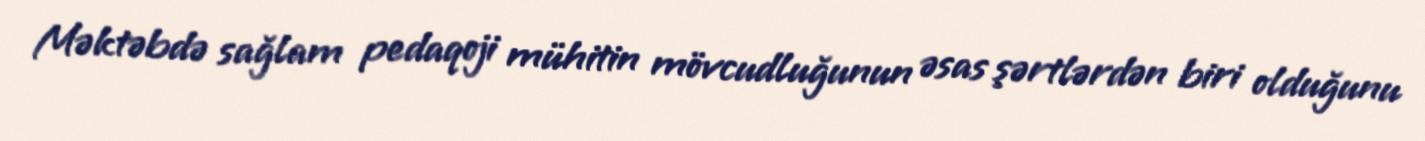
Məktəbdə sağlam pedaqoji mühitin mövcudluğunun əsas şərtlərdən biri olduğunu